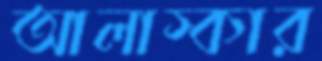
আলাস্কার